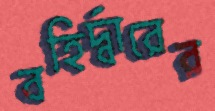
বহির্দ্বারের